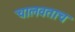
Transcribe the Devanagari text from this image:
चालवताच